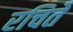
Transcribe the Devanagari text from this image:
रचिते